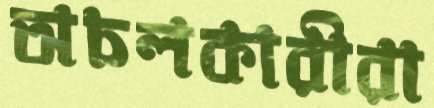
অচলকারীরা